65_HS1-834228961_62-HQ-83894_Section_4
Agency: FBI
Page 195
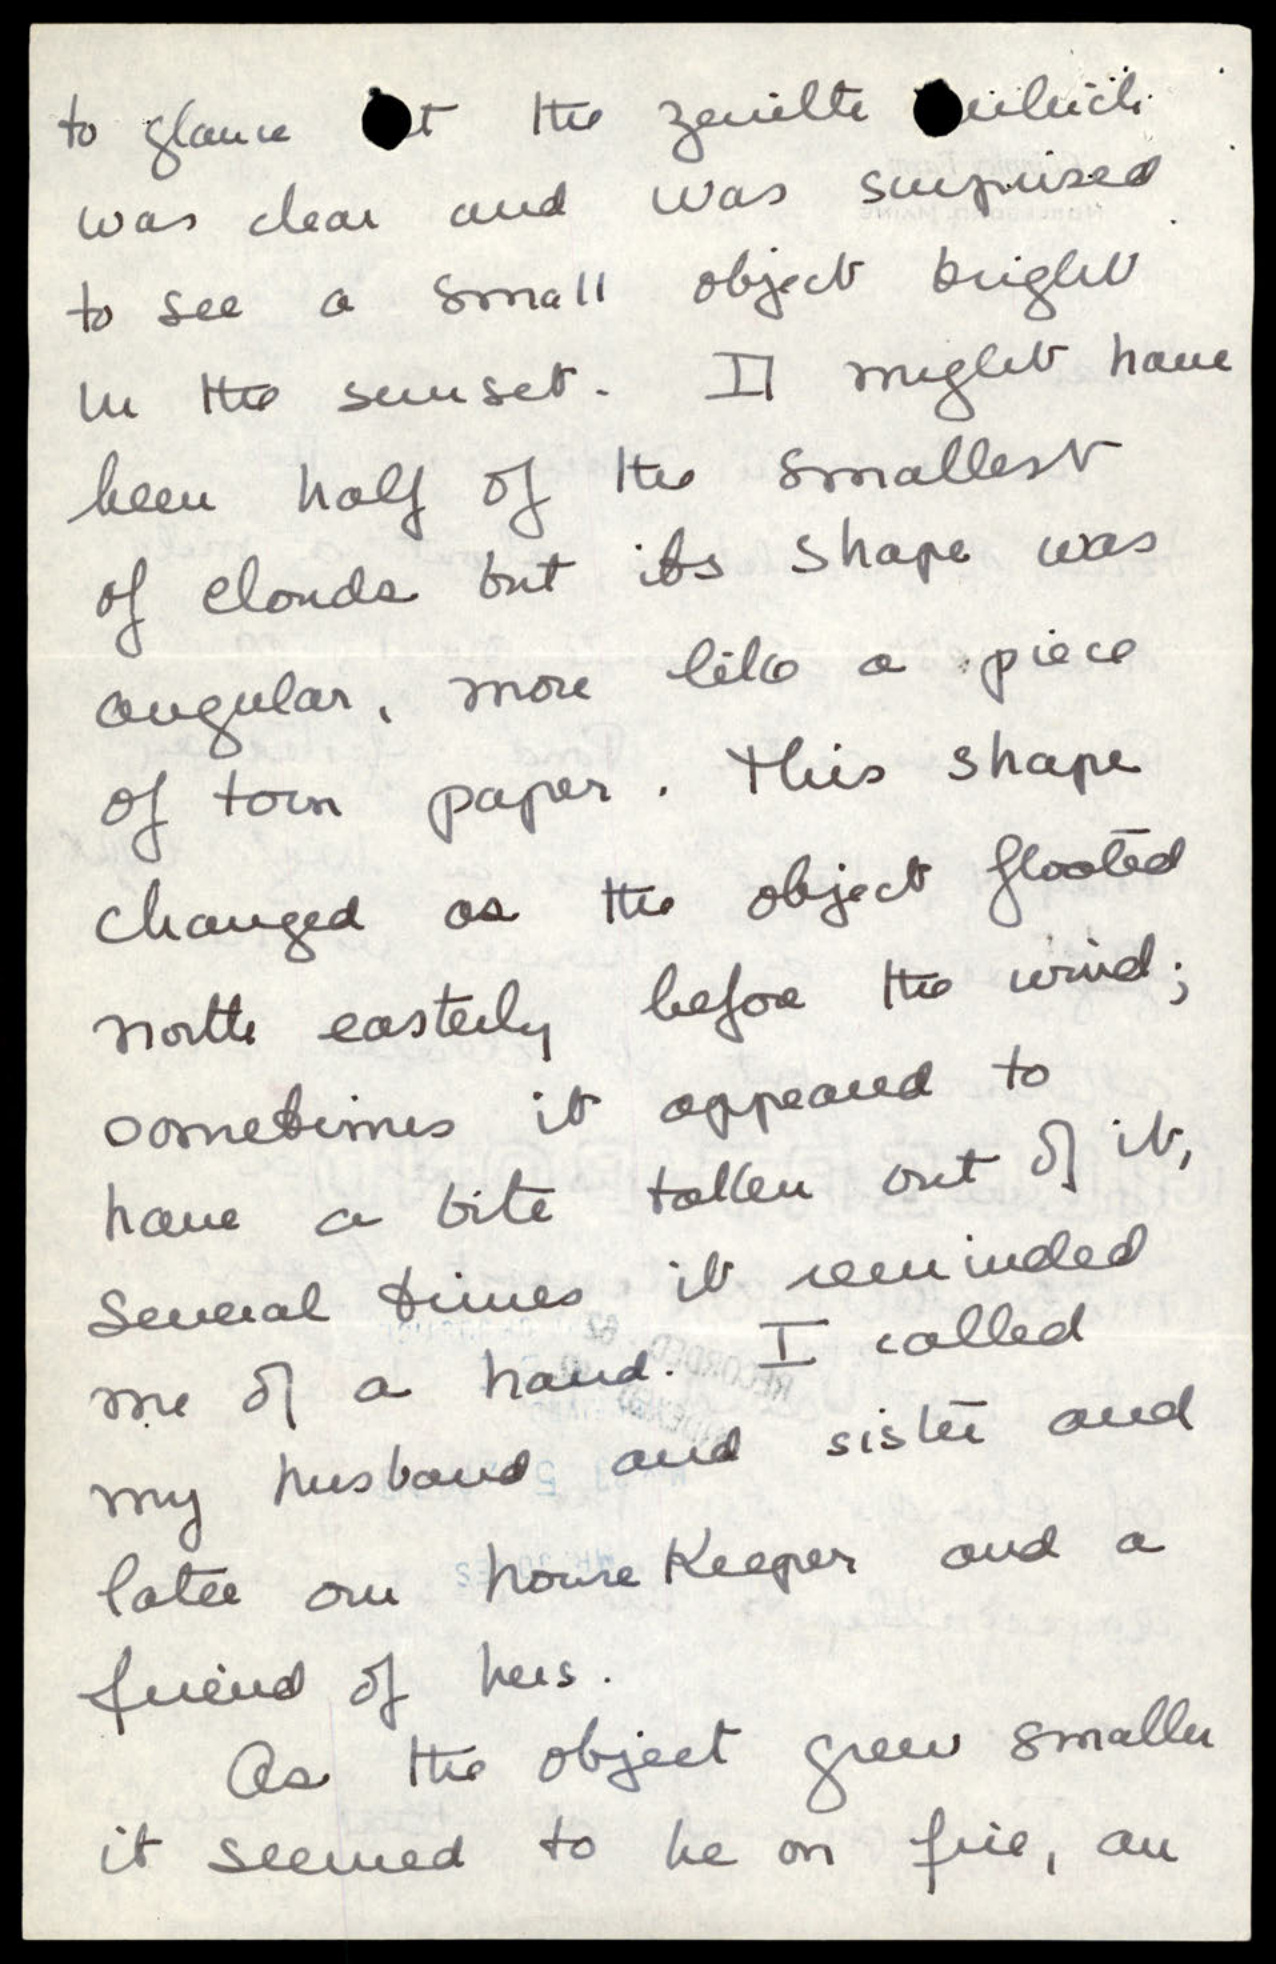